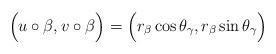
LaTeX: \begin{align*}\Big( u \circ \beta, v \circ \beta \Big) = \Big( r_\beta \cos \theta_\gamma, r_\beta \sin \theta_\gamma \Big)\end{align*}